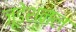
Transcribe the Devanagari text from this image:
जूडेशनल